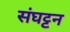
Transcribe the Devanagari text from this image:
संघट्टन